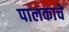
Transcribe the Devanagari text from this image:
पालकाचे